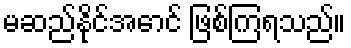
မဆည်နိုင်အောင် ဖြစ်ကြရသည်။